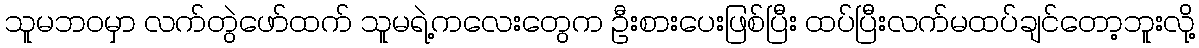
သူမဘဝမှာ လက်တွဲဖော်ထက် သူမရဲ့ကလေးတွေက ဦးစားပေးဖြစ်ပြီး ထပ်ပြီးလက်မထပ်ချင်တော့ဘူးလို့